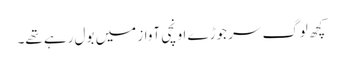
کچھ لوگ سر جوڑے اونچی آواز میں بول رہے تھے۔